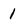
Character: 1